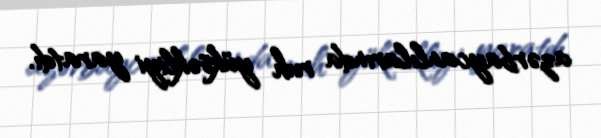
azərbaycanlılarında ruh yüksəkliyi yaratdı.